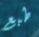
طبع